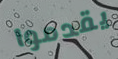
يقدموا